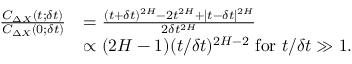
\begin{array} { r l } { \frac { C _ { \Delta X } ( t ; \delta t ) } { C _ { \Delta X } ( 0 ; \delta t ) } } & { = \frac { ( t + \delta t ) ^ { 2 H } - 2 t ^ { 2 H } + | t - \delta t | ^ { 2 H } } { 2 \delta t ^ { 2 H } } } \\ & { \propto { ( 2 H - 1 ) } ( { t } / { \delta t } ) ^ { 2 H - 2 } ~ \mathrm { f o r } ~ t / \delta t \gg 1 . } \end{array}